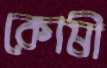
কোষী